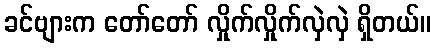
ခင်ဗျားက တော်တော် လှိုက်လှိုက်လှဲလှဲ ရှိတယ်။